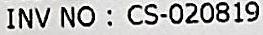
INV NO : CS-020819